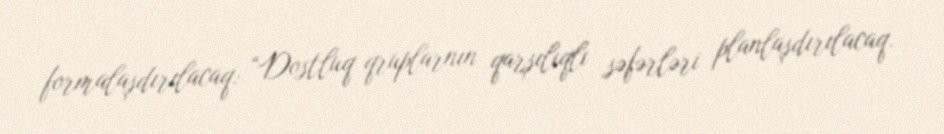
formalaşdırılacaq: “Dostluq qruplarnın qarşılıqlı səfərləri planlaşdırılacaq.